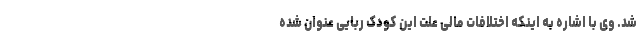
شد. وی با اشاره به اینکه اختلافات مالی علت این کودک ربایی عنوان شده